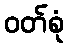
ဝတ်စုံ